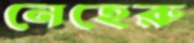
নেহেরু